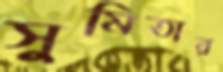
সুমিতার